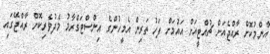
އާންމުކޮށް ރާއްޖެއަށް ޗުއްޓީއަށް އައުމަށް ފަހު ތަރިން އެމީހުންގެ އިންސްޓަގްރާމު މެދުވެރިކޮށް ރާއްޖޭގައި